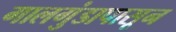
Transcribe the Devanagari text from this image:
गालगुंडापासून